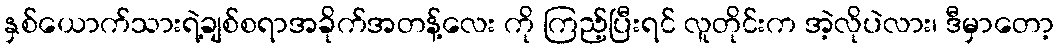
နှစ်ယောက်သားရဲ့ချစ်စရာအခိုက်အတန့်လေး ကို ကြည့်ပြီးရင် လူတိုင်းက အဲ့လိုပဲလား၊ ဒီမှာတော့